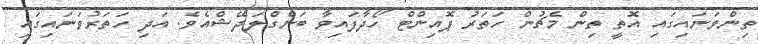
ތިންވަނައިގައި އޮތީ ތިން މެޗުން ހަތަރު ޕޮއިންޓް ހޯދާފައިވާ ބަންގްލަދޭޝްއެވެ. އަދި ހަތަރުވަނައިގައި